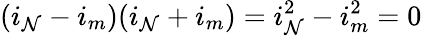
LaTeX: (i_{\mathcal{N}}-i_{m})(i_{\mathcal{N}}+i_{m})=i_{\mathcal{N}}^{2}-i_{m}^{2}=0